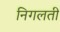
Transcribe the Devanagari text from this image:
निगलती